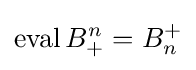
\operatorname {eval} B_{+}^{n}=B_{n}^{+}